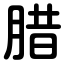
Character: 腊